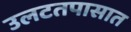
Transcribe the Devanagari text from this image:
उलटतपासात